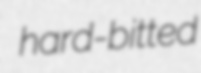
hard-bitted